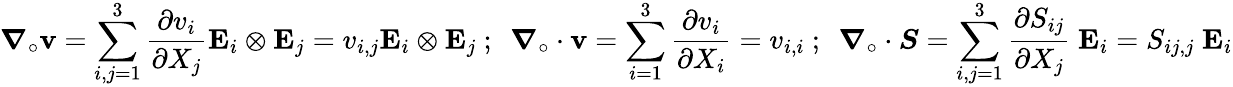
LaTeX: {\boldsymbol{\nabla}}_{\circ}\mathbf{v}=\sum_{i,j=1}^{3}{\frac{\partial v_{i}}{\partial X_{j}}}\mathbf{E}_{i}\otimes\mathbf{E}_{j}=v_{i,j}\mathbf{E}_{i}\otimes\mathbf{E}_{j}~;~~{\boldsymbol{\nabla}}_{\circ}\cdot\mathbf{v}=\sum_{i=1}^{3}{\frac{\partial v_{i}}{\partial X_{i}}}=v_{i,i}~;~~{\boldsymbol{\nabla}}_{\circ}\cdot{\boldsymbol{S}}=\sum_{i,j=1}^{3}{\frac{\partial S_{ij}}{\partial X_{j}}}~\mathbf{E}_{i}=S_{ij,j}~\mathbf{E}_{i}